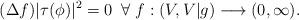
LaTeX: \begin{align*} (\Delta f)|\tau(\phi)|^2=0 \;\;\forall\;f:(V, V|g)\longrightarrow (0, \infty). \end{align*}